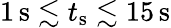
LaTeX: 1\, \mathrm{s}\lesssim t_{\textrm{s}}\lesssim 15\, \mathrm{s}